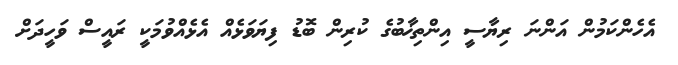
އެހެންކަމުން އަންނަ ރިޔާސީ އިންތިޚާބުގެ ކުރިން ބޮޑު ފިޔަވަޅެއް އެޅެއްވުމަކީ ރައީސް ވަހީދަށް